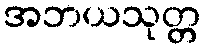
အဘယသုတ္တ